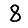
Digit: 8